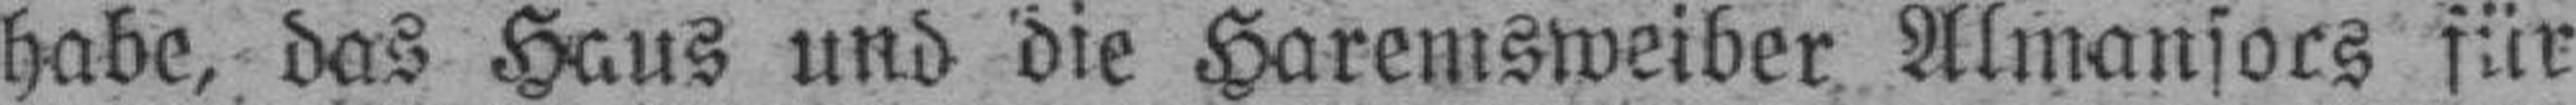
habe, das Haus und die Haremsweiber Almansocs für